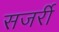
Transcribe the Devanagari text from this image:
सजर्री